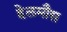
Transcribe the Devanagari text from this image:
हेलमौस